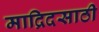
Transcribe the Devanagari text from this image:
माद्रिदसाठी